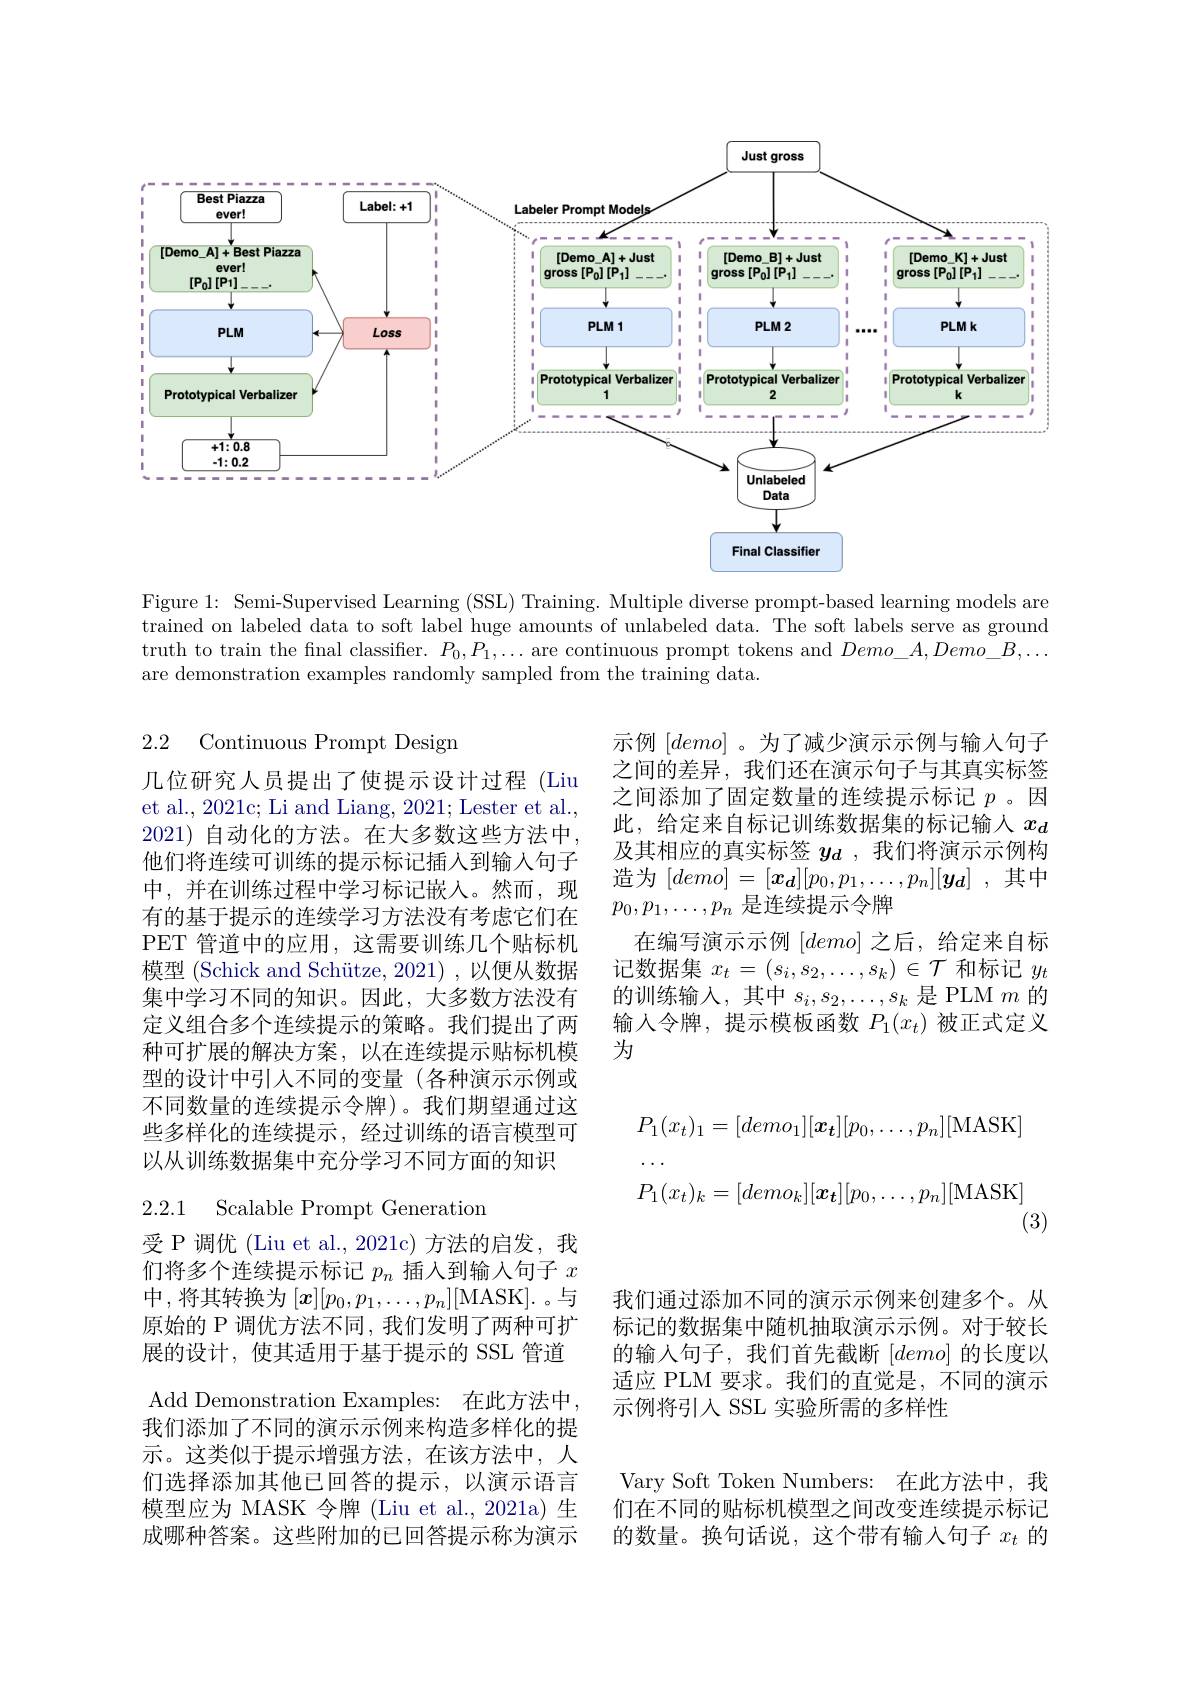
<FigureHere>

Figure 1: Semi-Supervised Learning (SSL) Training. Multiple diverse prompt-based learning models are trained on labeled data to soft label huge amounts of unlabeled data. The soft labels serve as ground truth to train the final classifier. $P_0,P_1,\ldots$ are continuous prompt tokens and $Demo\_A,Demo\_B,\ldots$ are demonstration examples randomly sampled from the training data.

2.2 Continuous Prompt Desigm

示例$[demo]$ 。为了减少演示示例与输入句子之间的差异，我们还在演示句子与其真实标签之间添加了固定数量的连续提示标记$p$ 。因此，给定来自标记训练数据集的标记输入$x_d$ 及其相应的真实标签$y_d$,我们将演示示例构造为$[demo]=[x_d][p_0,p_1,\ldots,p_n][y_d]$ ,其中$p_0,p_1,\ldots,p_n$是连续提示令牌
在编写演示示例$[demo]$ 之后，给定来自标记数据集$x_t=(s_i,s_2,\ldots,s_k)\in\mathcal{T}$和标记$y_t$ 的训练输入，其中$s_i,s_2,\ldots,s_k$是 PLM $m$的输入令牌，提示模板函数$P_1(x_t)$被正式定义为

几位研究人员提出了使提示设计过程 (Liu et al., 2021c; Li and Liang, 2021; Lester et al., 2021)自动化的方法。在大多数这些方法中， 他们将连续可训练的提示标记插入到输入句子中，并在训练过程中学习标记嵌入。然而，现有的基于提示的连续学习方法没有考虑它们在PET 管道中的应用，这需要训练几个贴标机模型 (Schick and Schütze, 2021) , 以便从数据集中学习不同的知识。因此，大多数方法没有定义组合多个连续提示的策略。我们提出了两种可扩展的解决方案，以在连续提示贴标机模型的设计中引入不同的变量(各种演示示例或不同数量的连续提示令牌)。我们期望通过这些多样化的连续提示，经过训练的语言模型可以从训练数据集中充分学习不同方面的知识
$$\begin{aligned}&P_{1}(x_{t})_{1}=[demo_{1}][\boldsymbol{x}_{\boldsymbol{t}}][p_{0},\ldots,p_{n}][\mathrm{MASK}]\\&P_{1}(x_{t})_{k}=[demo_{k}][\boldsymbol{x}_{\boldsymbol{t}}][p_{0},\ldots,p_{n}][\mathrm{MASK}]\end{aligned}$$
(3)

## 2.2.1 Scalable Prompt Generation

我们通过添加不同的演示示例来创建多个。从标记的数据集中随机抽取演示示例。对于较长的输入句子，我们首先截断$[demo]$ 的长度以适应 PLM 要求。我们的直觉是，不同的演示示例将引入 SSL 实验所需的多样性

受 P 调优(Liu et al.,2021c)方法的启发，我们将多个连续提示标记$p_n$插入到输入句子$x$ 中，将其转换为$[x][p_0,p_1,\ldots,p_n][$MASK].。与原始的 P 调优方法不同，我们发明了两种可扩展的设计，使其适用于基于提示的 SSL 管道Add Demonstration Examples: 在此方法中我们添加了不同的演示示例来构造多样化的提示。这类似于提示增强方法，在该方法中，人们选择添加其他已回答的提示，以演示语言模型应为 MASK 令牌 (Liu et al., 2021a) 生成哪种答案。这些附加的已回答提示称为演示

Vary Soft Token Numbers: 在此方法中，我们在不同的贴标机模型之间改变连续提示标记的数量。换句话说，这个带有输入句子$x_t$的